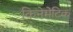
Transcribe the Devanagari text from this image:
किनेमेटिक